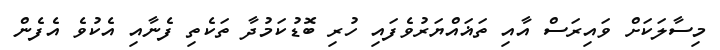
މިސާލަކަށް ވައިރަސް އާއި ތަޣައްޔަރުވެފައި ހުރި ބޮޑުކަމުދާ ތަކެތި ފެނާއި އެކުވެ އެފެން